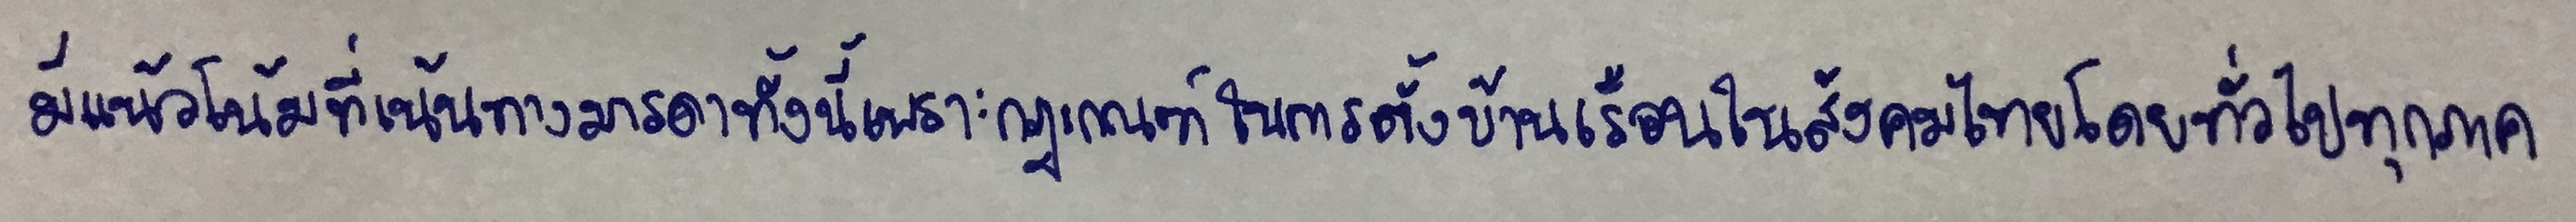
มีแนวโน้มที่เน้นทางมารดาทั้งนี้เพราะกฎเกณฑ์ในการตั้งบ้านเรือนในสังคมไทยโดยทั่วไปทุกภาค